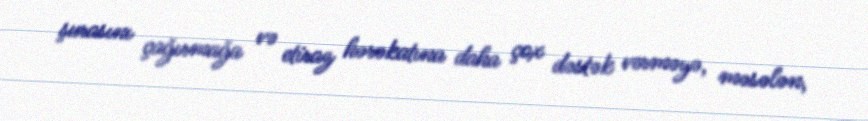
şurasını çağırmağa və etiraz hərəkatına daha çox dəstək verməyə, məsələn,